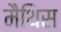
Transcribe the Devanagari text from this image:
मैथिस